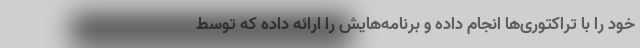
خود را با تراکتوری‌ها انجام داده و برنامه‌هایش را ارائه داده که توسط